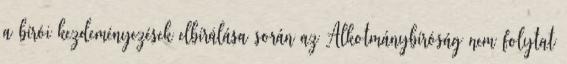
a bírói kezdeményezések elbírálása során az Alkotmánybíróság nem folytat